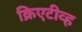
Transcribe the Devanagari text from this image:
क्रिएटीव्ह